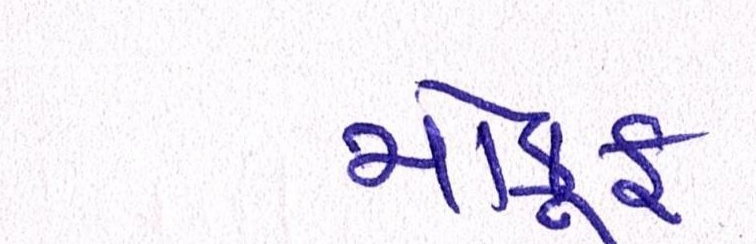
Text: મોકૂફ